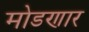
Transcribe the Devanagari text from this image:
मोडणार